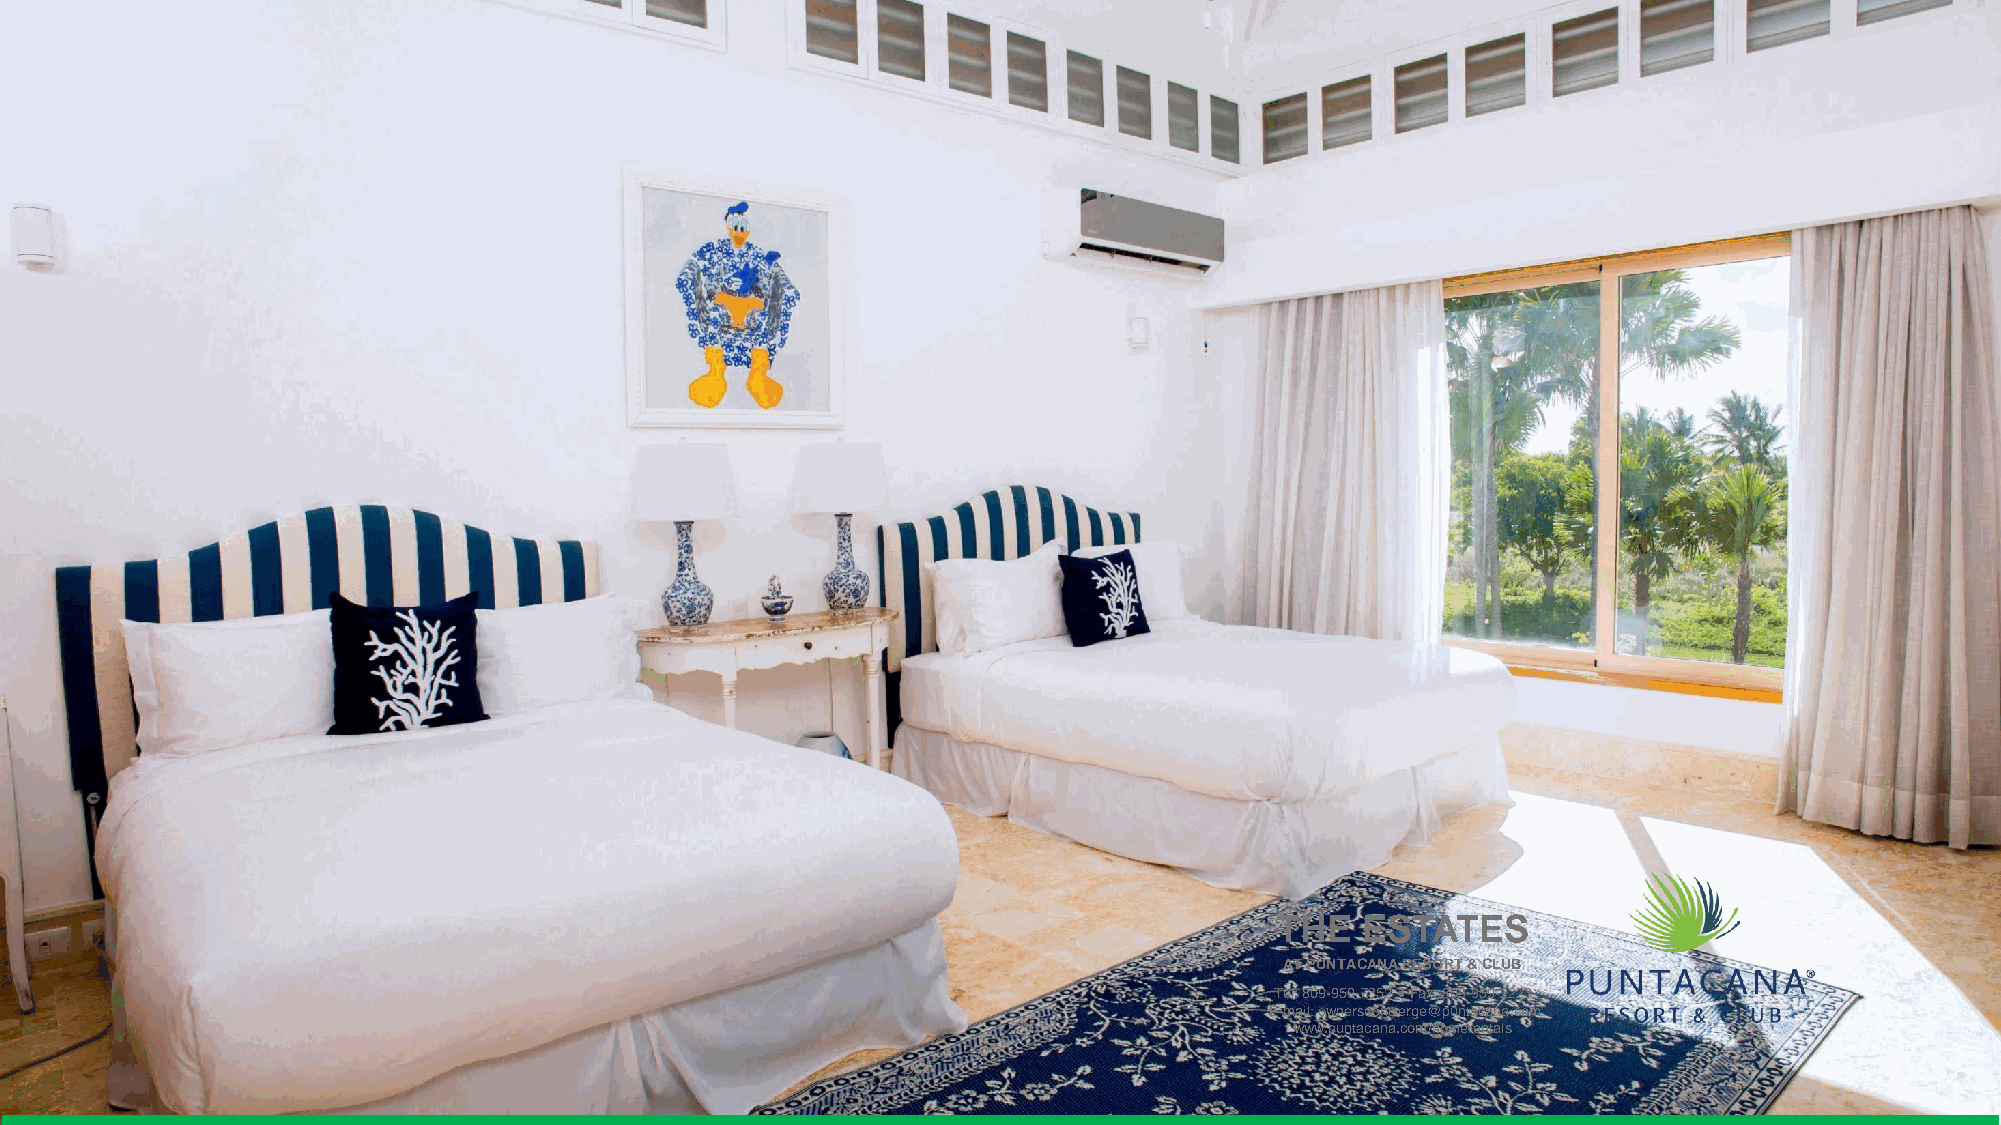
CORALES  42                        SUITE  5: 2 QUEEN  SIZE BEDS
 THE  ESTATES
 THE   ESTATES
 AT PUNTACANA RESORT & CLUB
 AT PUNTACANA RESORT & CLUB
 Tel: 809-959-7352 ●Fax: 809-959-2223
 ET-eml:a 8il0: 9o-w9n5e9r-s7c3o5n2c i●erFgaex@: 8p0u9n-t9a5ca9n-2a2.c2o3m
 E-mwaiwl: wo.wpnuenrtsaccoanncai.ecrogme@/hopmunetraecnatnaals.com
 www.puntacana.com/homerentals